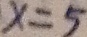
x = 5